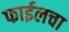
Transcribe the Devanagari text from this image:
फाईलचा